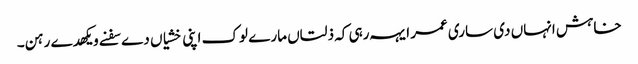
خاہش انہاں دی ساری عمر ایہہ رہی کہ ذلتاں مارے لوک اپنی خشیاں دے سفنے ویکھدے رہن۔